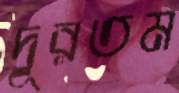
দূরতম